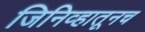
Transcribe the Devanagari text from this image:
जिनिव्हातूनच